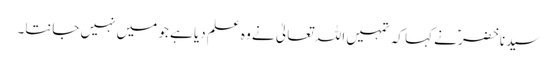
سیدنا خضرؑ نے کہا کہ تمہیں اللہ تعالیٰ نے وہ علم دیا ہے جو میں نہیں جانتا۔